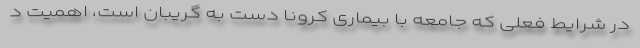
در شرایط فعلی که جامعه با بیماری کرونا دست به گریبان است، اهمیت د